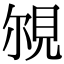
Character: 覙